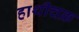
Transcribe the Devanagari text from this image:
हाथीचक्र